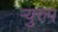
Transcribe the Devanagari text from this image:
र्‍युरुप